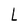
Character: L